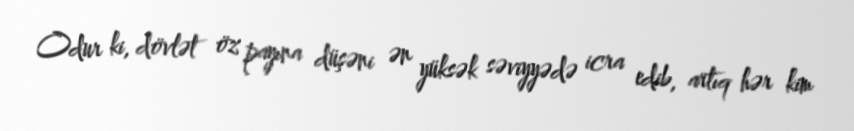
Odur ki, dövlət öz payına düşəni ən yüksək səviyyədə icra edib, artıq hər kim